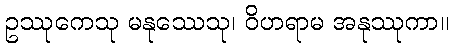
ဥဿုကေသု မနုဿေသု၊ ဝိဟရာမ အနုဿုကာ။